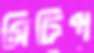
সিটিপ